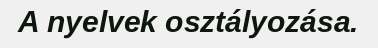
A nyelvek osztályozása.